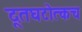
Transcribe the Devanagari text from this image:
दूतघटोत्कच